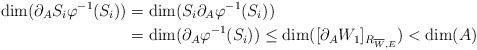
LaTeX: \begin{align*}\dim (\partial_A S_i \varphi^{-1} (S_i )) &= \dim (S_i \partial_A \varphi^{-1} (S_i )) \\&= \dim (\partial_A \varphi^{-1} (S_i )) \leq \dim ([\partial_A W_1 ]_{R_{\overline{W},E}} ) < \dim (A)\end{align*}